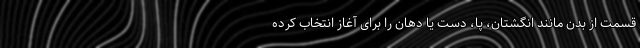
قسمت از بدن مانند انگشتان، پا، دست یا دهان را برای آغاز انتخاب کرده